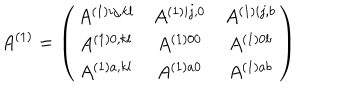
LaTeX: A ^ { ( 1 ) } = \left( \begin{array} { c c c } { { A ^ { ( 1 ) i j , k l } } } & { { A ^ { ( 1 ) i j , 0 } } } & { { A ^ { ( 1 ) i j , b } } } \\ { { A ^ { ( 1 ) 0 , k l } } } & { { A ^ { ( 1 ) 0 0 } } } & { { A ^ { ( 1 ) 0 b } } } \\ { { A ^ { ( 1 ) a , k l } } } & { { A ^ { ( 1 ) a 0 } } } & { { A ^ { ( 1 ) a b } } } \\ \end{array} \right)